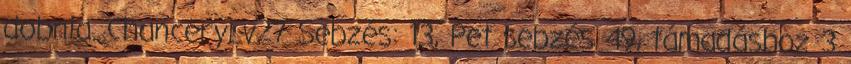
dobnia. ChanceryLv27 Sebzés: 13, Pet sebzés 49, támadáshoz 3